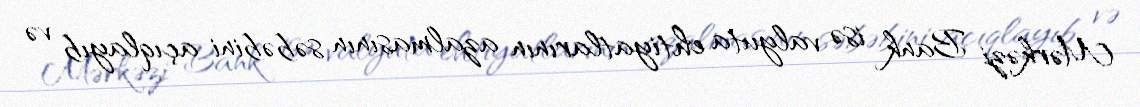
Mərkəzi Bank isə valyuta ehtiyatlarının azalmasının səbəbini açıqlayıb və